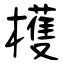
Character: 檴